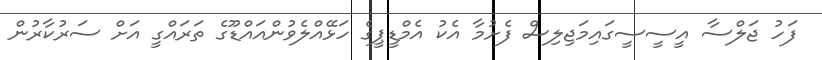
ފަހު ޖަލްސާ އީސީސީގައިމަޖިލިސް ފެށުމާ އެކު އެމްޑީޕީގެ ހަޅޭއްލެވުންއައްޑޫގެ ތަރައްގީ އަށް ސަރުކާރުން